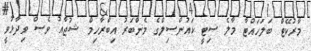
މާރުކޭޓް ބަލަހައްޓާ މާލެ ސިޓީ ކައުންސިލްގެ މެންބަރު އިބްރާހިމް ޝުޖާއު ވެސް ވިދާޅުވީ